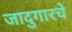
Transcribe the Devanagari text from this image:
जादुगारचे